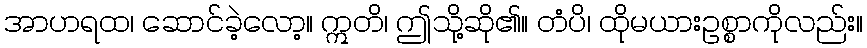
အာဟရထ၊ ဆောင်ခဲ့လော့။ ဣတိ၊ ဤသို့ဆို၏။ တံပိ၊ ထိုမယားဥစ္စာကိုလည်း။